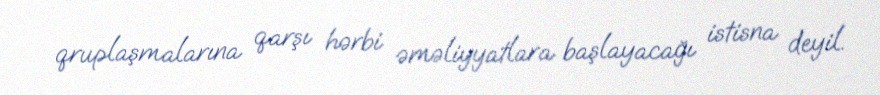
qruplaşmalarına qarşı hərbi əməliyyatlara başlayacağı istisna deyil.